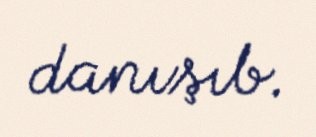
danışıb.